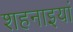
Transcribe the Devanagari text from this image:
शहनाइयां